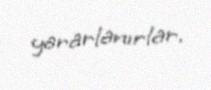
yararlanırlar.